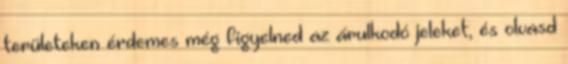
területeken érdemes még figyelned az árulkodó jeleket, és olvasd